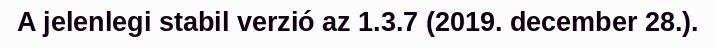
A jelenlegi stabil verzió az 1.3.7 (2019. december 28.).